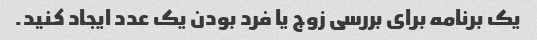
یک برنامه برای بررسی زوج یا فرد بودن یک عدد ایجاد کنید.